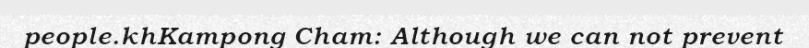
people.khKampong Cham: Although we can not prevent